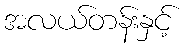
အလယ်တန်းနှင့်